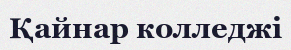
Қайнар колледжі